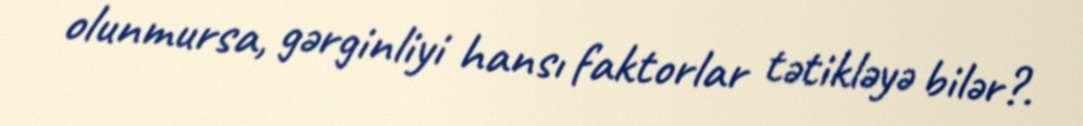
olunmursa, gərginliyi hansı faktorlar tətikləyə bilər?.